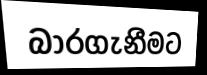
බාරගැනීමට